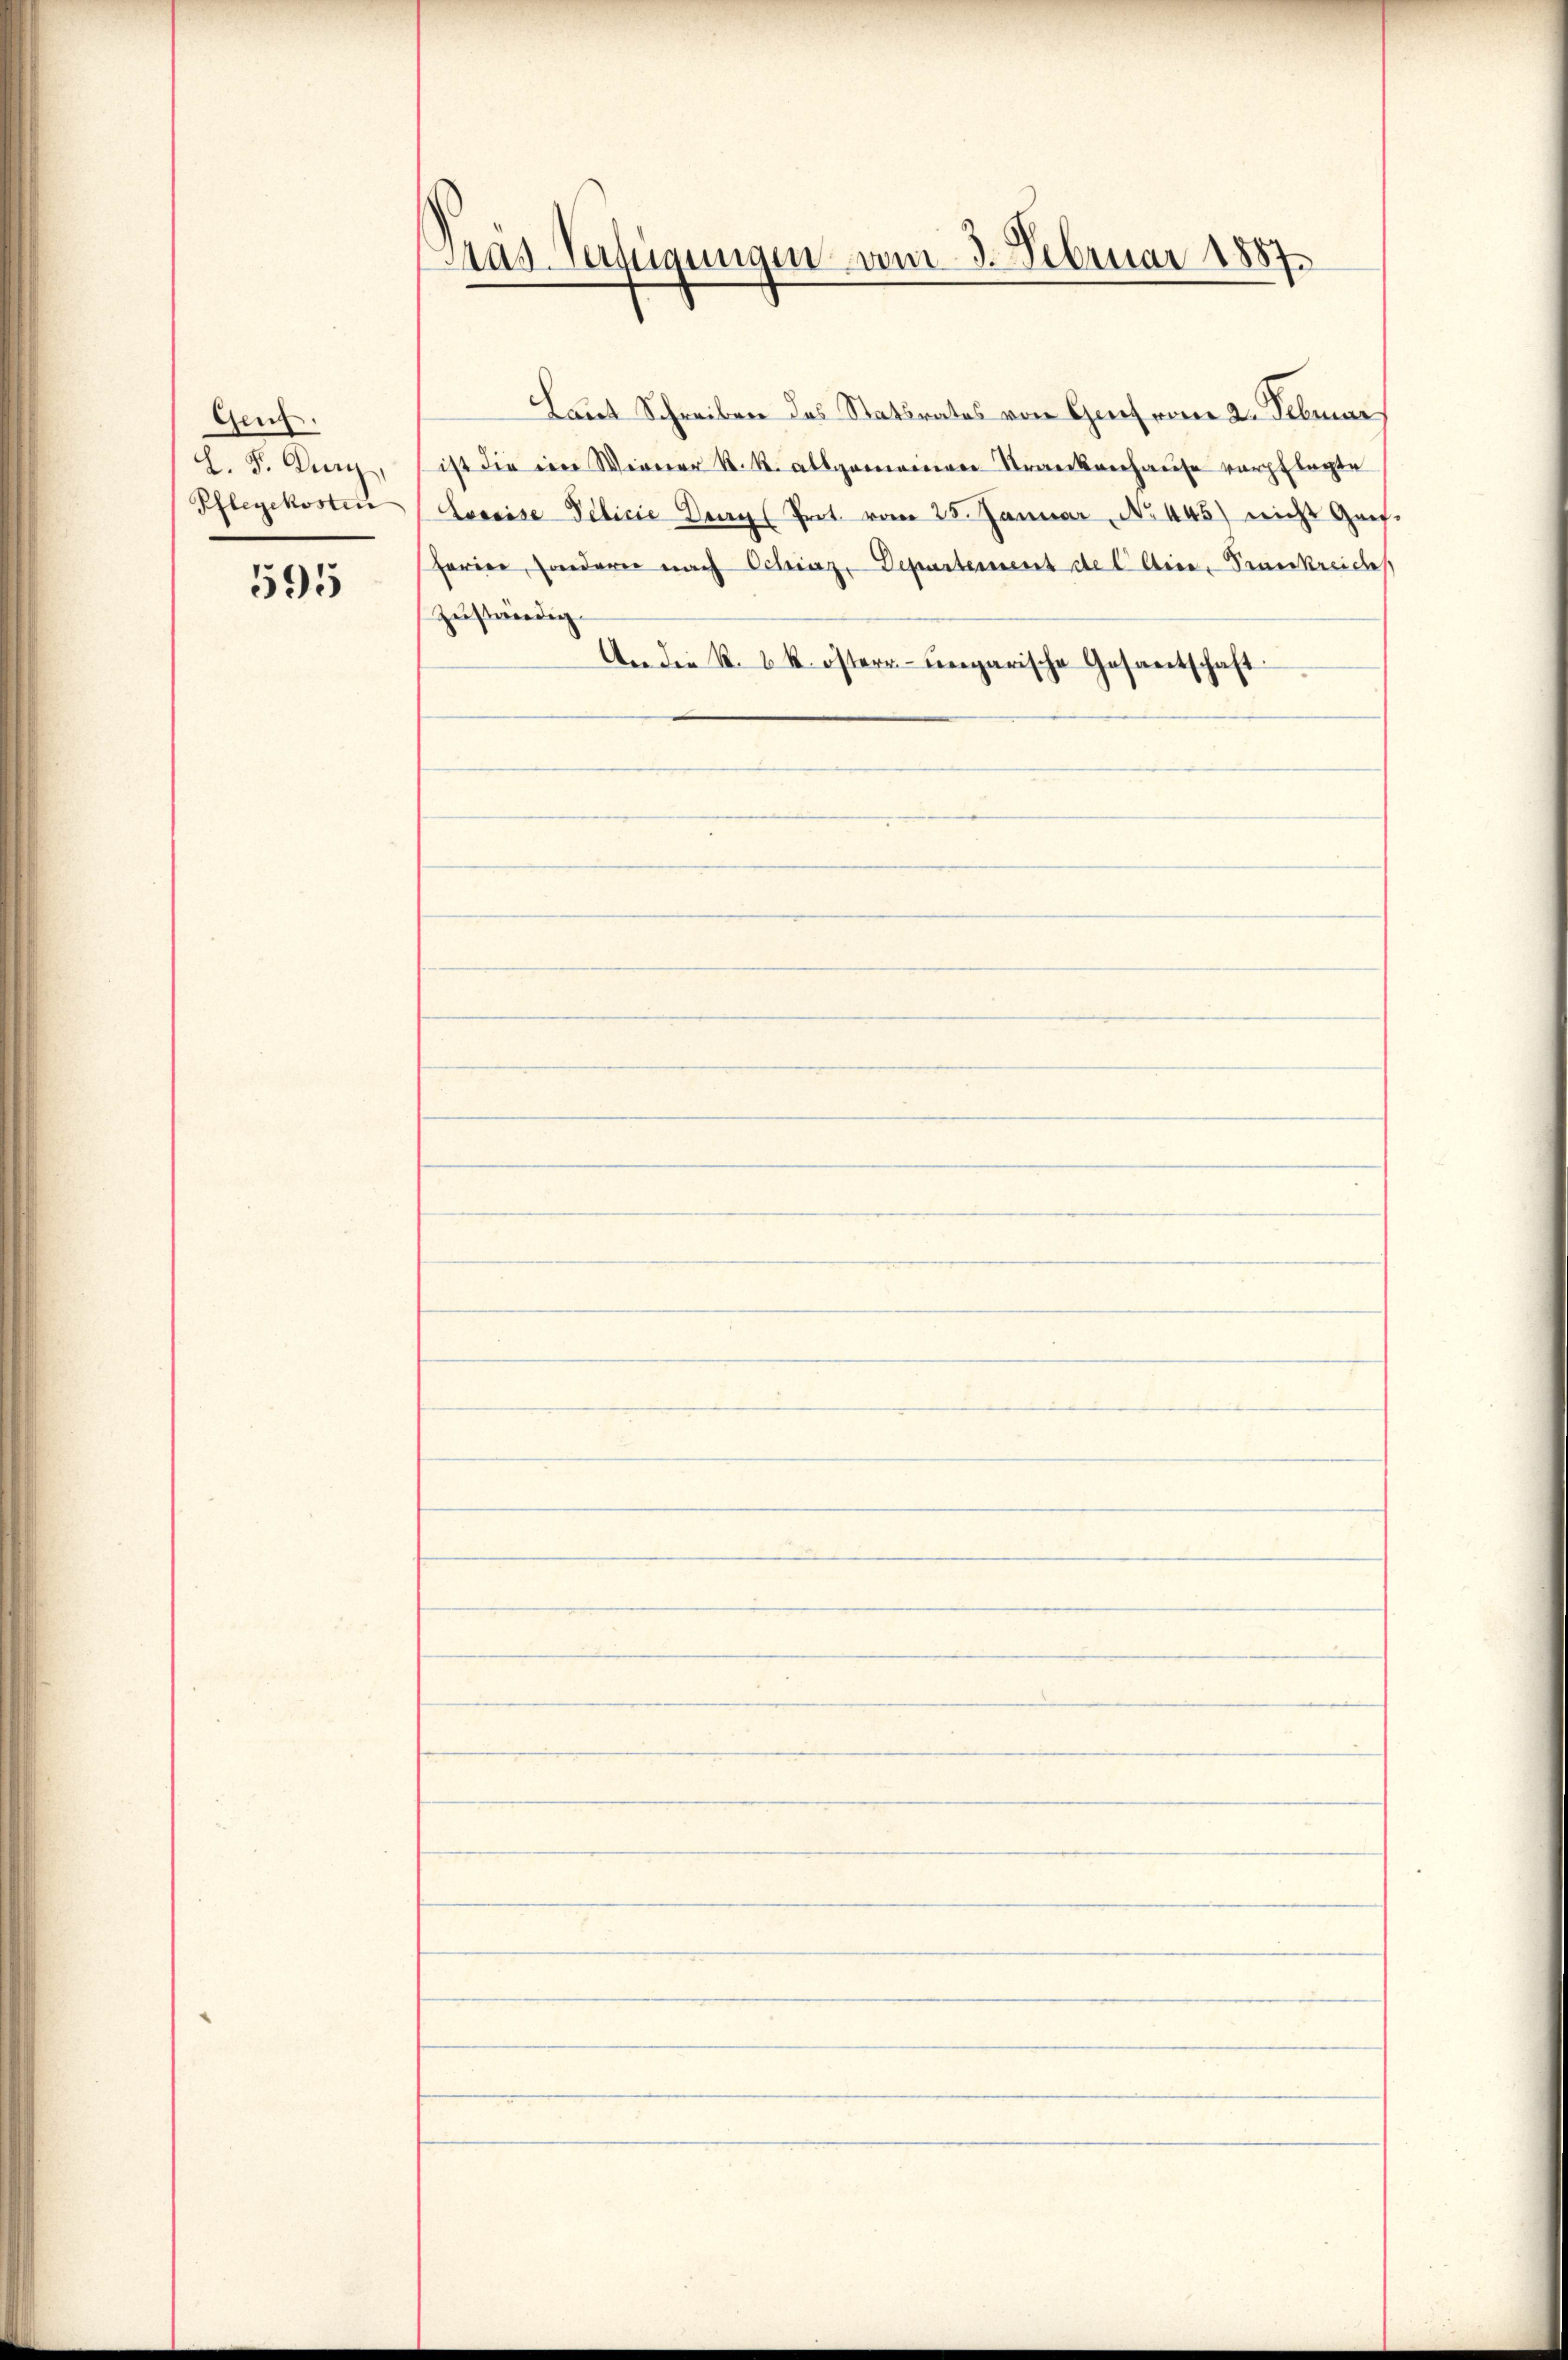
Gen.
L. F. Dury,
Pflegekosten

595

Tras-Verfügungen vom 3. Februar 1887.

Laut Schreiben des Statsrates von Genes vom 2. Februar
ist die im Wiener K. K. allgemeinen Strankenhause verpflegte
Loreise Pelirie Drag (Prot. vom 25. Januar, No 445) nicht Gref.
Ferien, sondern nach Schinz, Departement de l Aige, Frankreiches
zuständig.
An die k. k. östern- ungarische Gesantschaft: